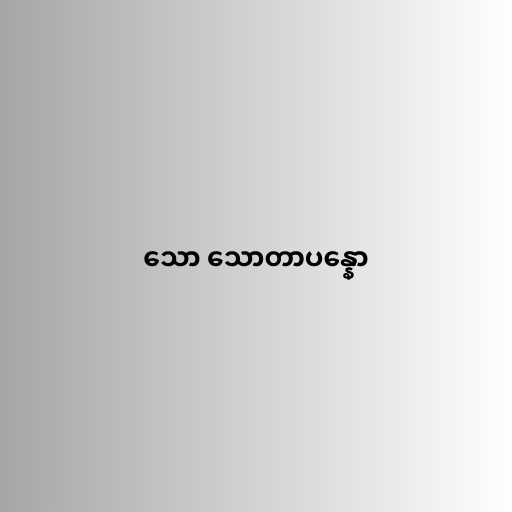
သော သောတာပန္နော